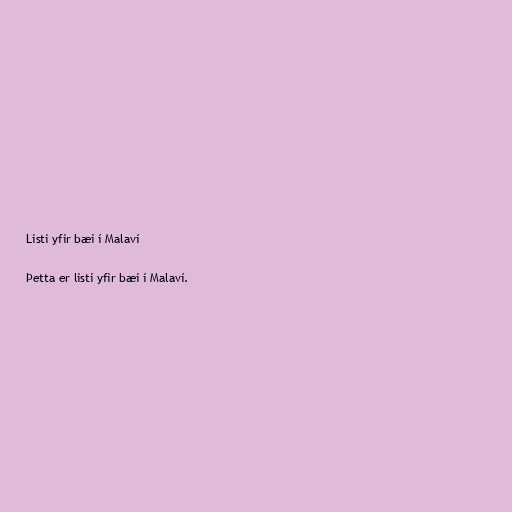
Listi yfir bæi í Malaví

Þetta er listi yfir bæi í Malaví.